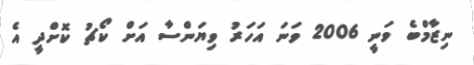
ނިޒާމްބެ ވަނީ 2006 ވަނަ އަހަރު ވިޔަންސާ އަށް ކޯޗު ކޮށްދީ އެ